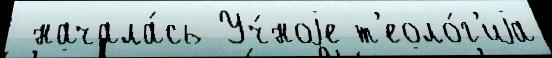
 начала́сь Уч́ноjе т'еоло́г'иjа